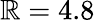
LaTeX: \mathbb{R}=4.8